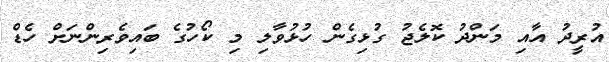
އުރީދު އާއި މަންދު ކޮލެޖު ގުޅިގެން ހުޅުވާލި މި ކޯހުގެ ބައިވެރިންނަށް ހެޑް